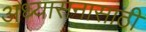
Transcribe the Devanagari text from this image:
अध्यासनासाठी